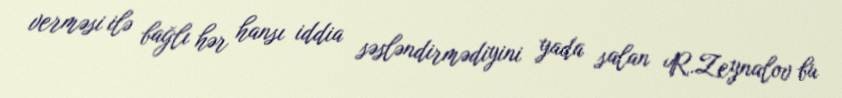
verməsi ilə bağlı hər hansı iddia səsləndirmədiyini yada salan R.Zeynalov bu